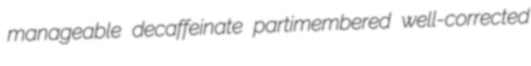
manageable decaffeinate partimembered well-corrected